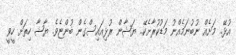
އުޅޭ.. މަށެއް ނުބުނަމެއްނު މަޑުކުރާށެކޭ.. ޔަޝާން ރުޅިއައިސްގެން ބުންޏެވެ. ޔާޝާ ހިތަށް ހީވީ